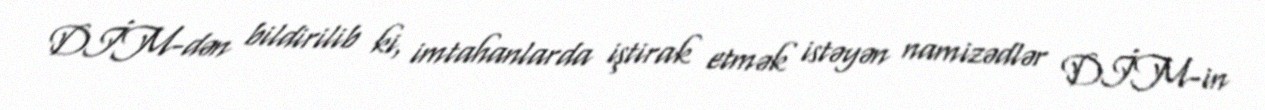
DİM-dən bildirilib ki, imtahanlarda iştirak etmək istəyən namizədlər DİM-in